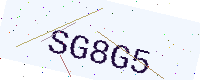
Text: SG8G5